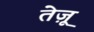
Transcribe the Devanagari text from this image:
तेज़ू